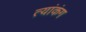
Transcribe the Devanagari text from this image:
त्यांकंग